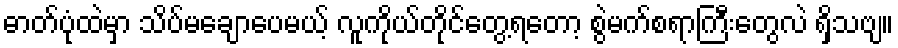
ဓာတ်ပုံထဲမှာ သိပ်မချောပေမယ့် လူကိုယ်တိုင်တွေ့ရတော့ စွဲမက်စရာကြီးတွေလဲ ရှိသဗျ။